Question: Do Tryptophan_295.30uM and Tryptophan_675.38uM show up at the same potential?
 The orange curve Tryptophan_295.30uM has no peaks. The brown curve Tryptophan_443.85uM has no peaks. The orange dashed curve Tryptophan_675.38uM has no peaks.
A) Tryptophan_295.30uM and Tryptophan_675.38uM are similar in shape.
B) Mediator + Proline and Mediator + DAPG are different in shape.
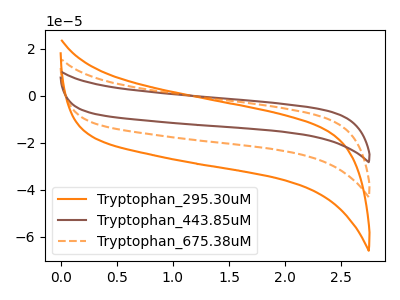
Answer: <think>Neither "Tryptophan_295.30uM" or "Tryptophan_675.38uM" have any peaks.
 </think>
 <answer>A) "Tryptophan_295.30uM" and "Tryptophan_675.38uM" are similar in shape.</answer>
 <eval>A</eval>